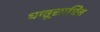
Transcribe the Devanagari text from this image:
धातूसाधित